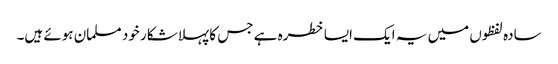
سادہ لفظوں میں یہ ایک ایسا خطرہ ہے جس کا پہلا شکار خود مسلمان ہوئے ہیں۔